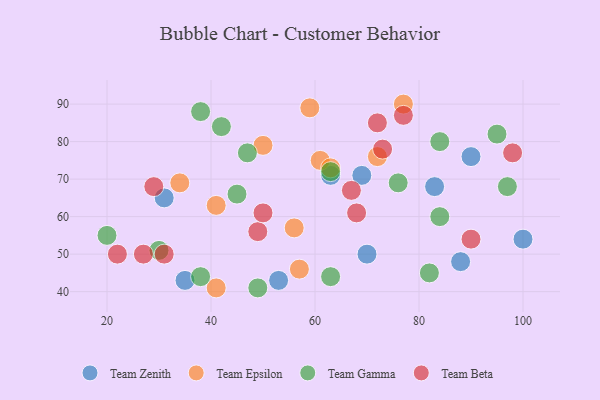
{"axis": {"x": "GDP", "y": "Life Expectancy"}, "legend": ["Team Beta", "Team Epsilon", "Team Gamma", "Team Zenith"], "data": [{"x": "70", "y": 50, "type": "Team Zenith"}, {"x": "69", "y": 71, "type": "Team Zenith"}, {"x": "63", "y": 71, "type": "Team Zenith"}, {"x": "83", "y": 68, "type": "Team Zenith"}, {"x": "88", "y": 48, "type": "Team Zenith"}, {"x": "35", "y": 43, "type": "Team Zenith"}, {"x": "90", "y": 76, "type": "Team Zenith"}, {"x": "100", "y": 54, "type": "Team Zenith"}, {"x": "31", "y": 65, "type": "Team Zenith"}, {"x": "53", "y": 43, "type": "Team Zenith"}, {"x": "59", "y": 89, "type": "Team Epsilon"}, {"x": "56", "y": 57, "type": "Team Epsilon"}, {"x": "61", "y": 75, "type": "Team Epsilon"}, {"x": "72", "y": 76, "type": "Team Epsilon"}, {"x": "77", "y": 90, "type": "Team Epsilon"}, {"x": "41", "y": 63, "type": "Team Epsilon"}, {"x": "34", "y": 69, "type": "Team Epsilon"}, {"x": "50", "y": 79, "type": "Team Epsilon"}, {"x": "41", "y": 41, "type": "Team Epsilon"}, {"x": "63", "y": 73, "type": "Team Epsilon"}, {"x": "57", "y": 46, "type": "Team Epsilon"}, {"x": "49", "y": 41, "type": "Team Gamma"}, {"x": "97", "y": 68, "type": "Team Gamma"}, {"x": "63", "y": 44, "type": "Team Gamma"}, {"x": "20", "y": 55, "type": "Team Gamma"}, {"x": "82", "y": 45, "type": "Team Gamma"}, {"x": "84", "y": 80, "type": "Team Gamma"}, {"x": "45", "y": 66, "type": "Team Gamma"}, {"x": "76", "y": 69, "type": "Team Gamma"}, {"x": "63", "y": 72, "type": "Team Gamma"}, {"x": "84", "y": 60, "type": "Team Gamma"}, {"x": "42", "y": 84, "type": "Team Gamma"}, {"x": "38", "y": 88, "type": "Team Gamma"}, {"x": "47", "y": 77, "type": "Team Gamma"}, {"x": "95", "y": 82, "type": "Team Gamma"}, {"x": "38", "y": 44, "type": "Team Gamma"}, {"x": "30", "y": 51, "type": "Team Gamma"}, {"x": "67", "y": 67, "type": "Team Beta"}, {"x": "77", "y": 87, "type": "Team Beta"}, {"x": "49", "y": 56, "type": "Team Beta"}, {"x": "50", "y": 61, "type": "Team Beta"}, {"x": "22", "y": 50, "type": "Team Beta"}, {"x": "27", "y": 50, "type": "Team Beta"}, {"x": "73", "y": 78, "type": "Team Beta"}, {"x": "98", "y": 77, "type": "Team Beta"}, {"x": "72", "y": 85, "type": "Team Beta"}, {"x": "68", "y": 61, "type": "Team Beta"}, {"x": "90", "y": 54, "type": "Team Beta"}, {"x": "29", "y": 68, "type": "Team Beta"}, {"x": "31", "y": 50, "type": "Team Beta"}]}